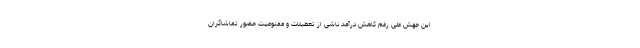
این جهش علی رغم کاهش درآمد ناشی از تعطیلات و ممنوعیت حضور تماشاگران